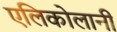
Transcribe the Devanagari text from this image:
एलिकोलानी